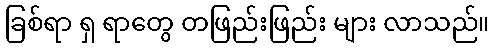
ခြစ်ရာ ရှ ရာတွေ တဖြည်းဖြည်း များ လာသည်။